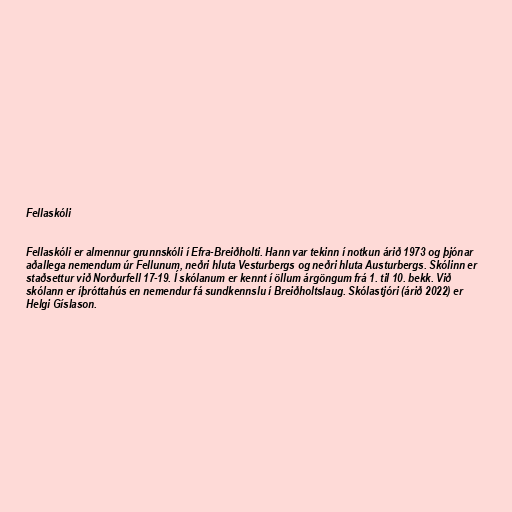
Fellaskóli

Fellaskóli er almennur grunnskóli í Efra-Breiðholti. Hann var tekinn í notkun árið 1973 og þjónar
aðallega nemendum úr Fellunum, neðri hluta Vesturbergs og neðri hluta Austurbergs. Skólinn er
staðsettur við Norðurfell 17-19. Í skólanum er kennt í öllum árgöngum frá 1. til 10. bekk. Við
skólann er íþróttahús en nemendur fá sundkennslu í Breiðholtslaug. Skólastjóri (árið 2022) er
Helgi Gíslason.